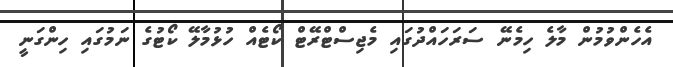
އެހެންވުމުން މާލެ ހިމެނޭ ސަރަހައްދުގައި މެޖިސްޓްރޭޓް ކޯޓެއް ހުޅުމާލޭ ކޯޓުގެ ނަމުގައި ހިންގަނީ